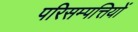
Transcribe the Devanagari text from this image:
परिसम्‍पत्तियों